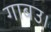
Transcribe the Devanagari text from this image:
गाबउ।